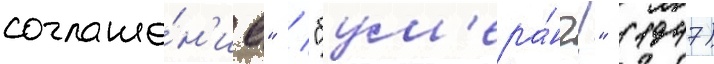
соглаше́н'ие" / "бум'ера́нг!" (1947)